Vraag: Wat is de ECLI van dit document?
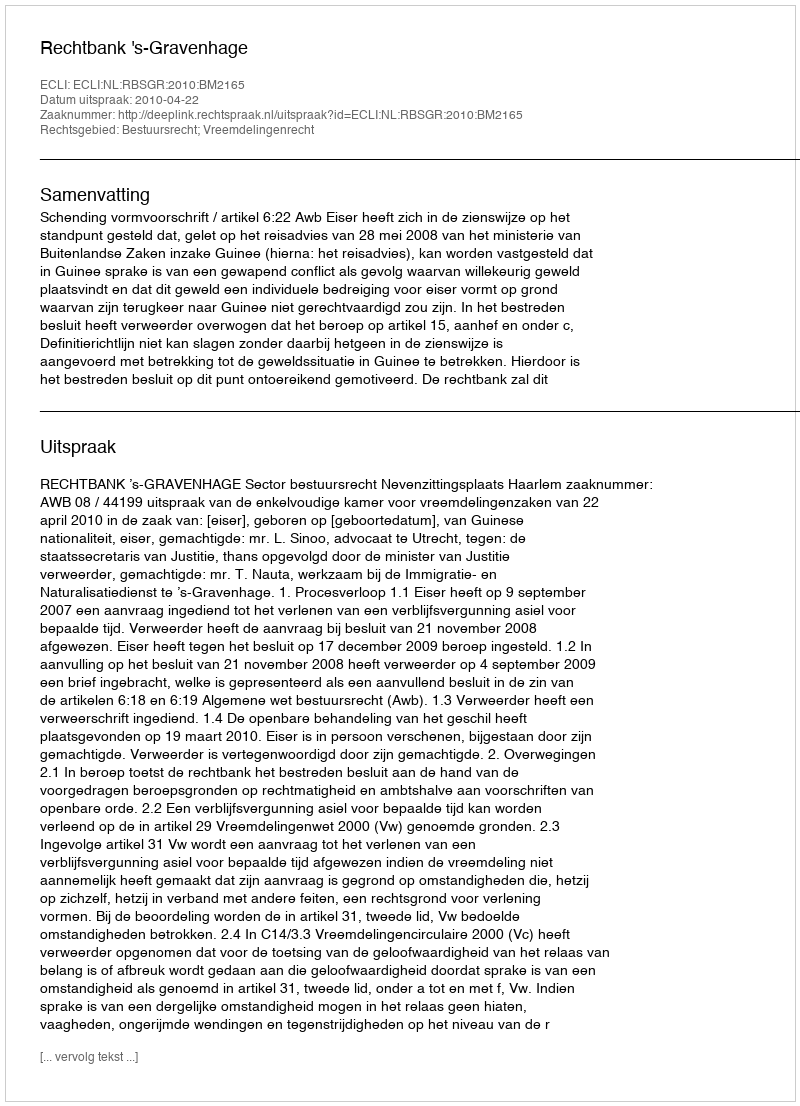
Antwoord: ECLI:NL:RBSGR:2010:BM2165